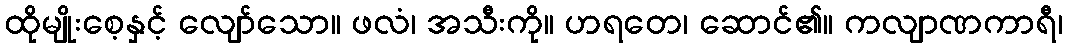
ထိုမျိုးစေ့နှင့် လျော်သော။ ဖလံ၊ အသီးကို။ ဟရတေ၊ ဆောင်၏။ ကလျာဏကာရီ၊